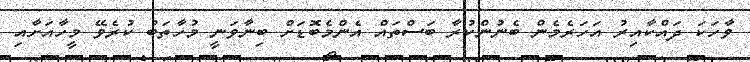
ވާހަކަ ދައްކާއިރު އަހަރެމެން ބެނުންކުރާ ބަސްތައް އެންމެބޮޑަށް ބިނާވަނީ މުހާތަބު ކުރެވޭ މީހާއަށާއި